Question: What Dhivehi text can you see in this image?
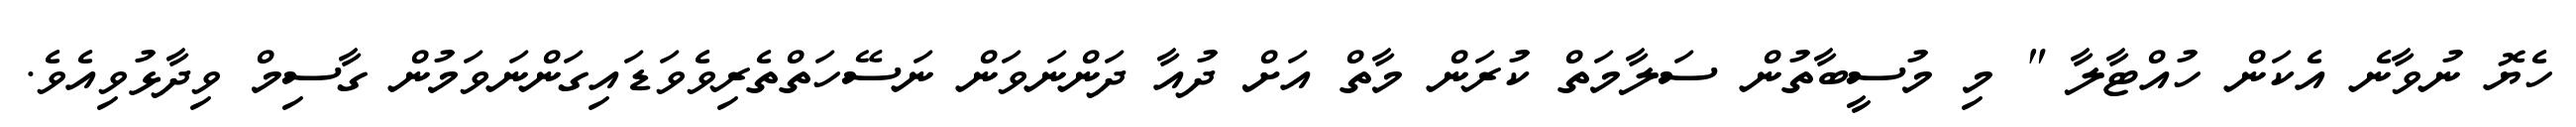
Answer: ހެޔޮ ނުވާނެ އެކަން ހުއްޓާލާ " މި މުސީބާތުން ސަލާމަތް ކުރަން މާތް އަށް ދުއާ ދަންނަވަން ނަސޭހަތްތެރިވެވަޑައިގަންނަވަމުން ގާސިމް ވިދާޅުވިއެވެ.